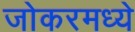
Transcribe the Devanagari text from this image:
जोकरमध्ये